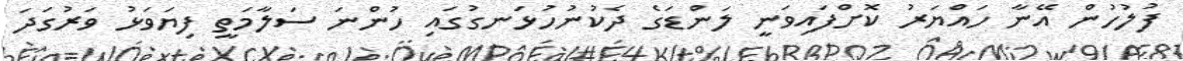
ފުލުހުން އޭނާ ހައްޔަރު ކޮށްފައިވަނީ ލަންޑަގެ ދެކުނުހުޅަނގުގައި ހުންނަ ސަލާމަތީ ފިޔަވަޅު ވަރުގަދަ